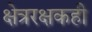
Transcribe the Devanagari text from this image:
क्षेत्ररक्षकही